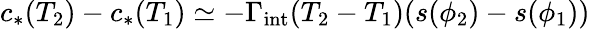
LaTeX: c_{*}(T_{2})-c_{*}(T_{1})\simeq-\Gamma_{\mathrm{int}}(T_{2}-T_{1})(s(\phi_{2})-s(\phi_{1}))